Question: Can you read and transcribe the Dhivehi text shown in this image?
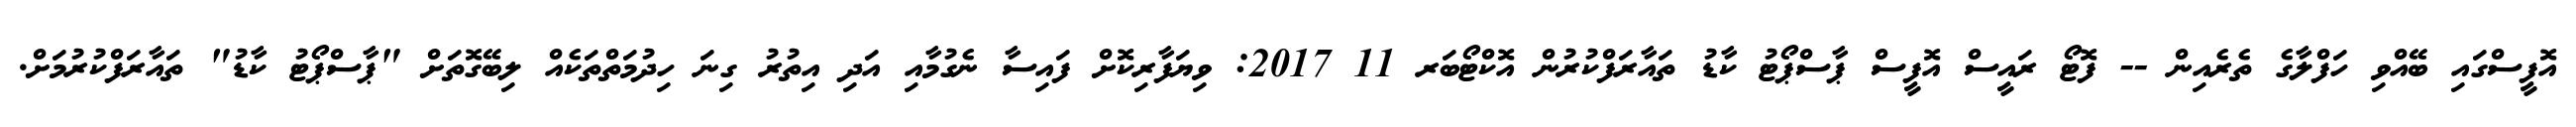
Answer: އޮފީސްގައި ބޭއްވި ހަފްލާގެ ތެރެއިން -- ފޮޓޯ ރައީސް އޮފީސް ޕާސްޕޯޓު ކާޑު ތައާރަފްކުރުން އޮކްޓޯބަރ 11 2017: ވިޔަފާރިކޮށް ފައިސާ ނެގުމާއި އަދި އިތުރު ގިނަ ހިދުމަތްތަކެއް ލިބޭގޮތަށް "ޕާސްޕޯޓު ކާޑު" ތައާރަފްކުރުމަށް.